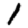
Digit: 1